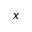
x